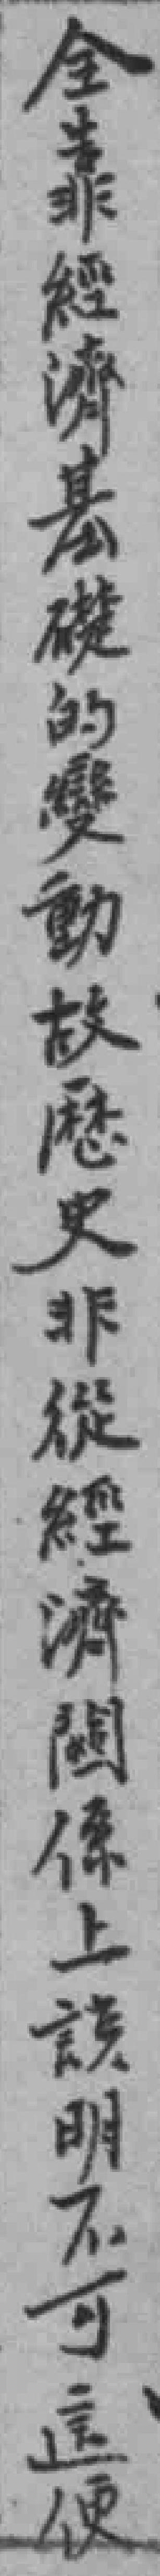
全靠經濟基礎的雙動故歷史非縱經濟関係上說明不可這便